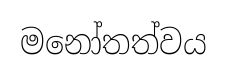
මනෝතත්වය